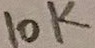
Text: 10K